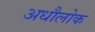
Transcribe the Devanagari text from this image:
अधौलोक